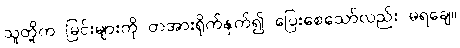
သူတို့က မြင်းများကို တအားရိုက်နှက်၍ ပြေးစေသော်လည်း မရချေ။